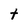
Character: t